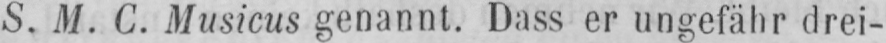
S. M. C. Musicus genannt. Dass er ungefähr drei-